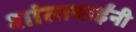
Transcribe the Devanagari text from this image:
शांताबार्इंनी